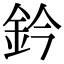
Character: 鈐